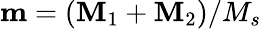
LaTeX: \mathbf{m}=(\mathbf{M}_{1}+\mathbf{M}_{2})/M_{s}